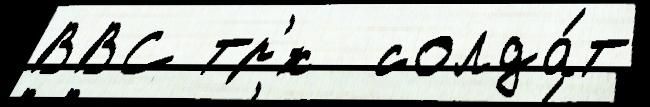
ВВС тр'́х  солда́т